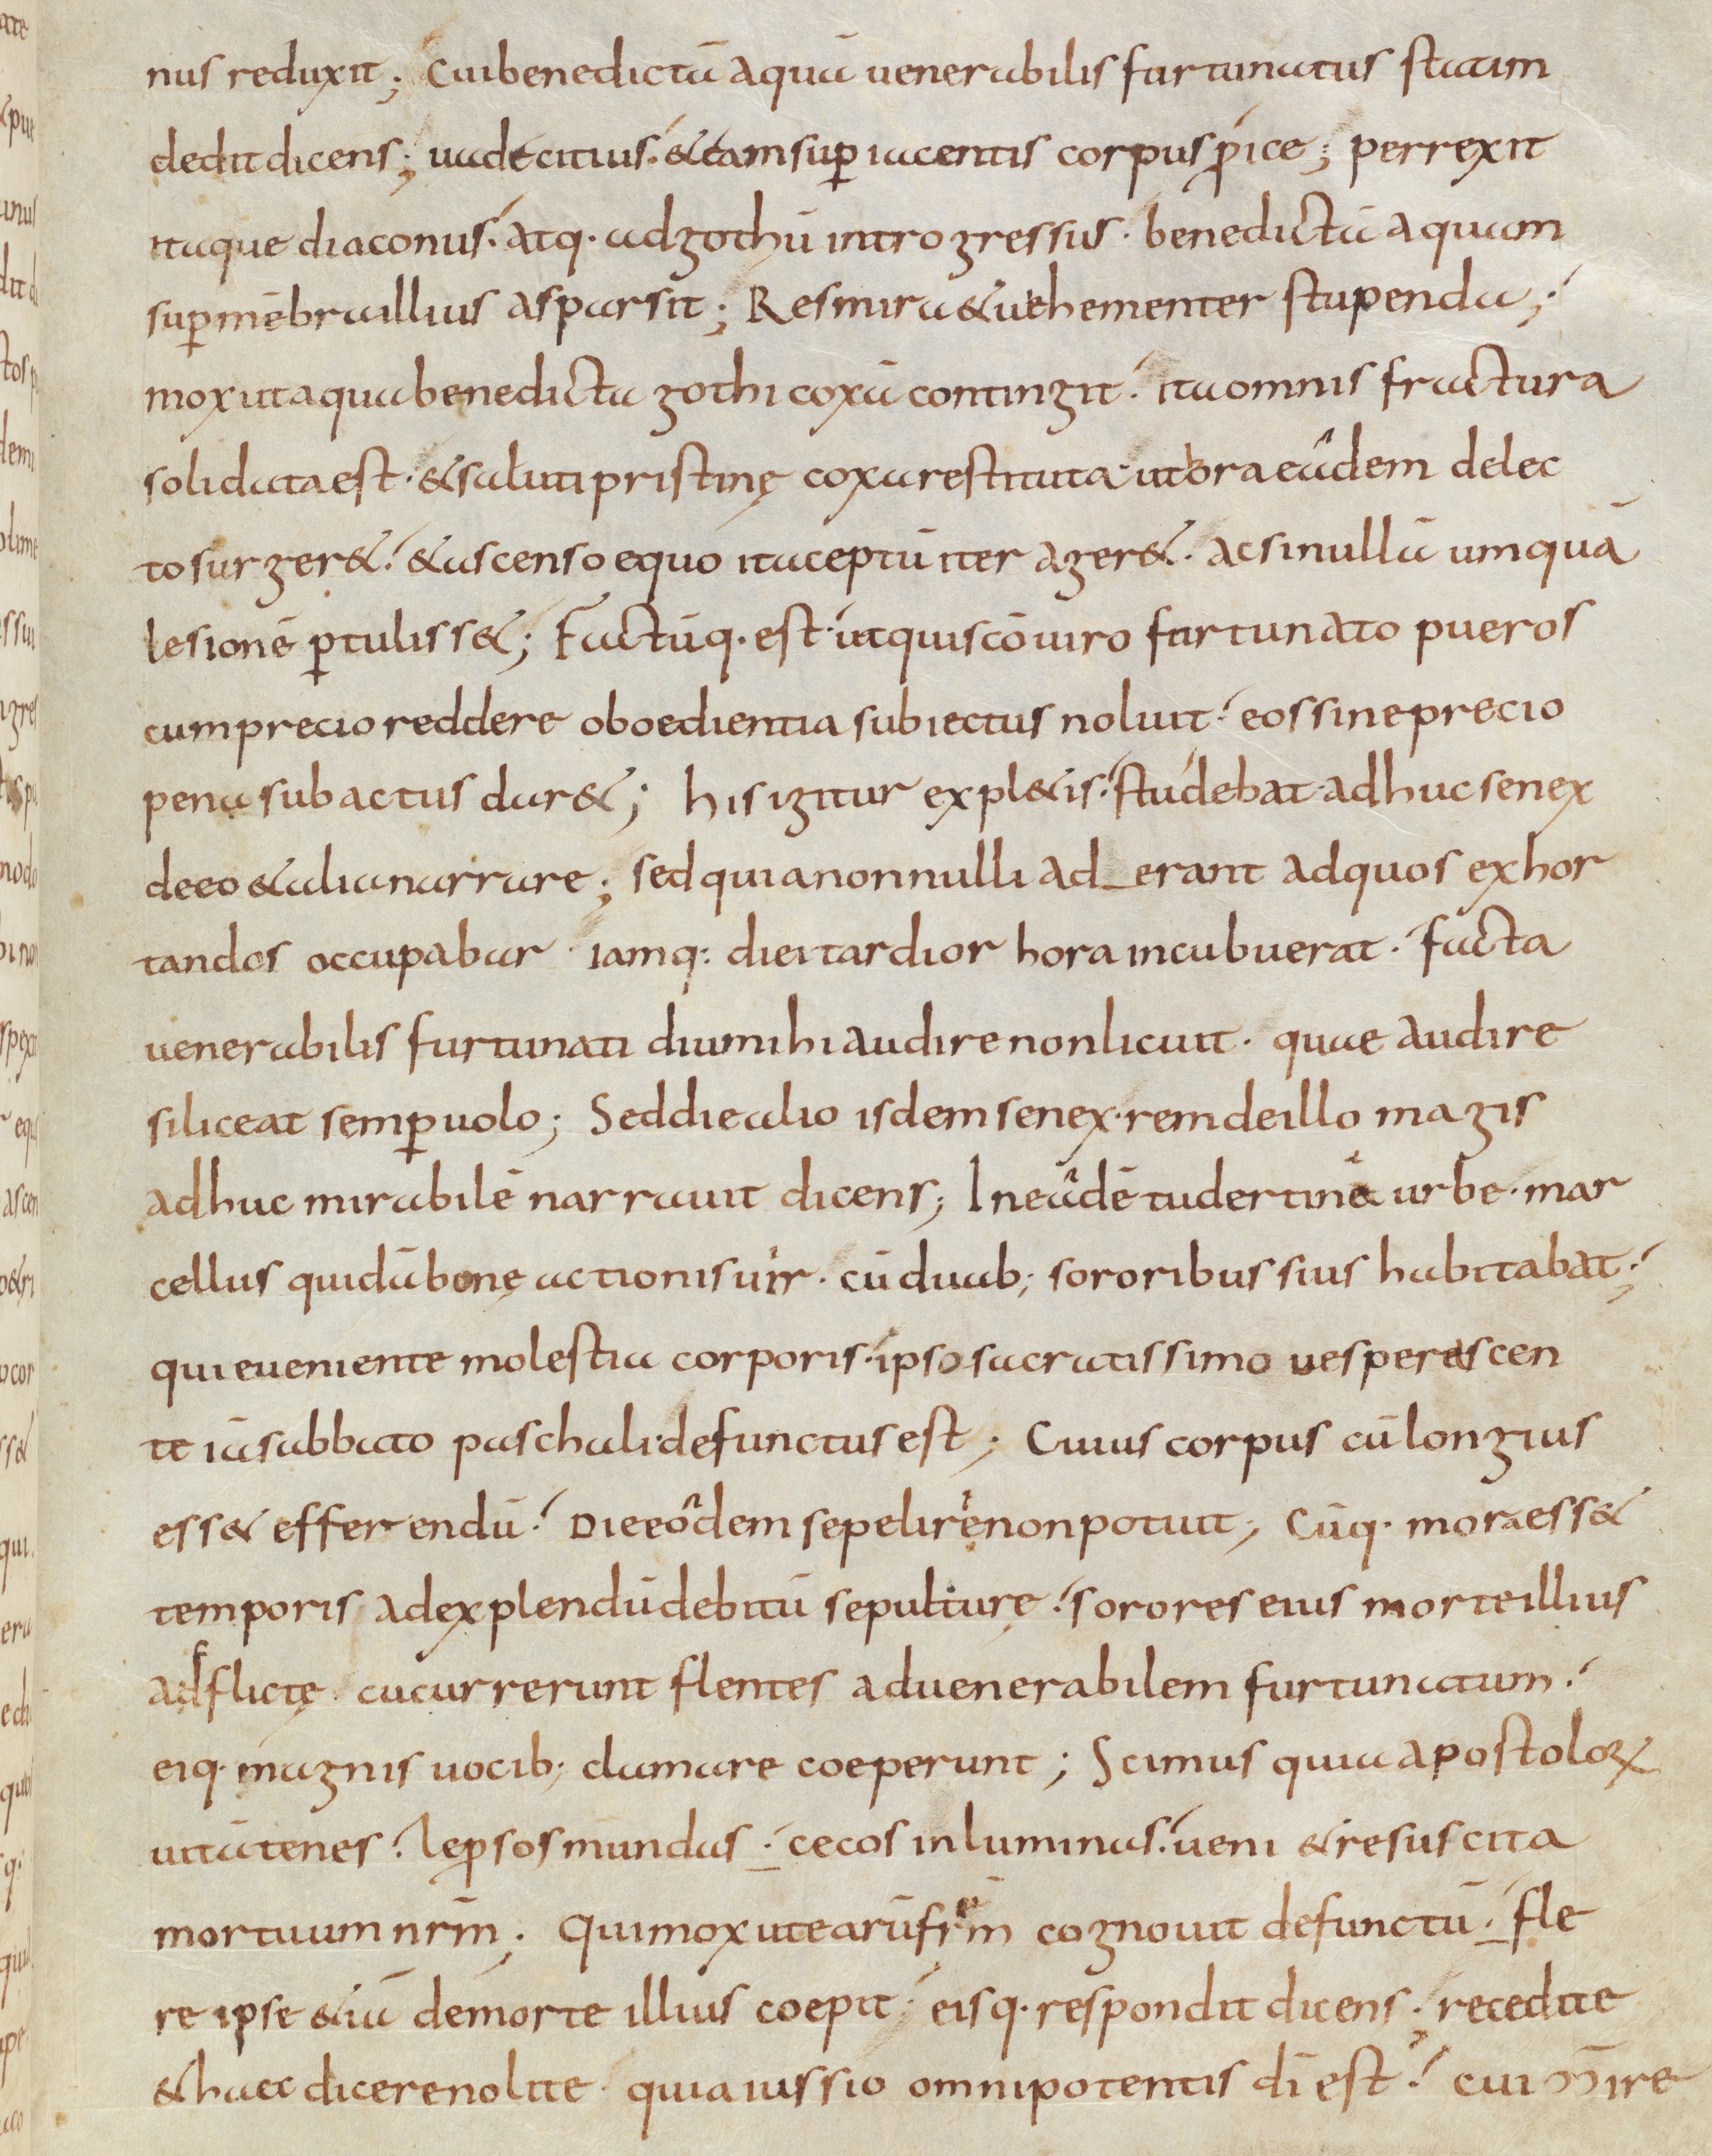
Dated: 900–999